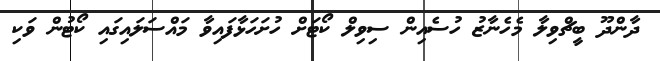
ދާންދޫ ބީޗްވިލާ މެހެނާޒު ހުސެއިން ސިވިލް ކޯޓަށް ހުށަހަޅާފައިވާ މައްސަލައިގައި ކޯޓުން ވަކި